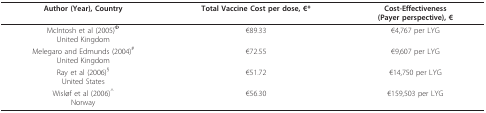
| Author (Year), Country | Total Vaccine Cost per dose, €* | Cost-Effectiveness(Payer perspective), € |
 | --- | --- | --- |
 | McIntosh et al (2005)ΦUnited Kingdom | €89.33 | €4,767 per LYG |
 | Melegaro and Edmunds (2004)#United Kingdom | €72.55 | €9,607 per LYG |
 | Ray et al (2006)§United States | €51.72 | €14,750 per LYG |
 | Wisløf et al (2006)^Norway | €56.30 | €159,503 per LYG |